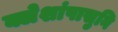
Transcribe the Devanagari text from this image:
क्लेशांपासुनि